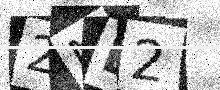
Text: 2ML2